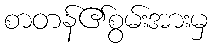
စာတန်၏စွမ်းအားမှ